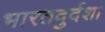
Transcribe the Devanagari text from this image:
भारतदुर्दशा